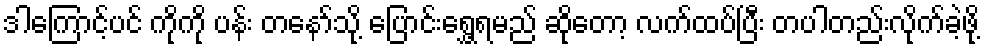
ဒါကြောင့်ပင် ကိုကို ပန်း တနော်သို့ ပြောင်းရွှေ့ရမည် ဆိုတော့ လက်ထပ်ပြီး တပါတည်းလိုက်ခဲ့ဖို့